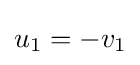
u_{1}=-v_{1}